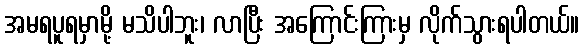
အမရပူရမှာမို့ မသိပါဘူး၊ လာပြီး အကြောင်းကြားမှ လိုက်သွားရပါတယ်။